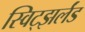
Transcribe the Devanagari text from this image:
स्विट्झर्लंड